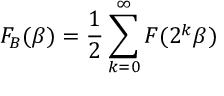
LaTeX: F _ { B } ( \beta ) = \frac { 1 } { 2 } \sum _ { k = 0 } ^ { \infty } F ( 2 ^ { k } \beta )